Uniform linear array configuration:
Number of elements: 64
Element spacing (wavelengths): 0.75
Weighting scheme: hann
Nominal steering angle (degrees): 45
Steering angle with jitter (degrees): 46.937
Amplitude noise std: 0.05
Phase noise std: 0.05

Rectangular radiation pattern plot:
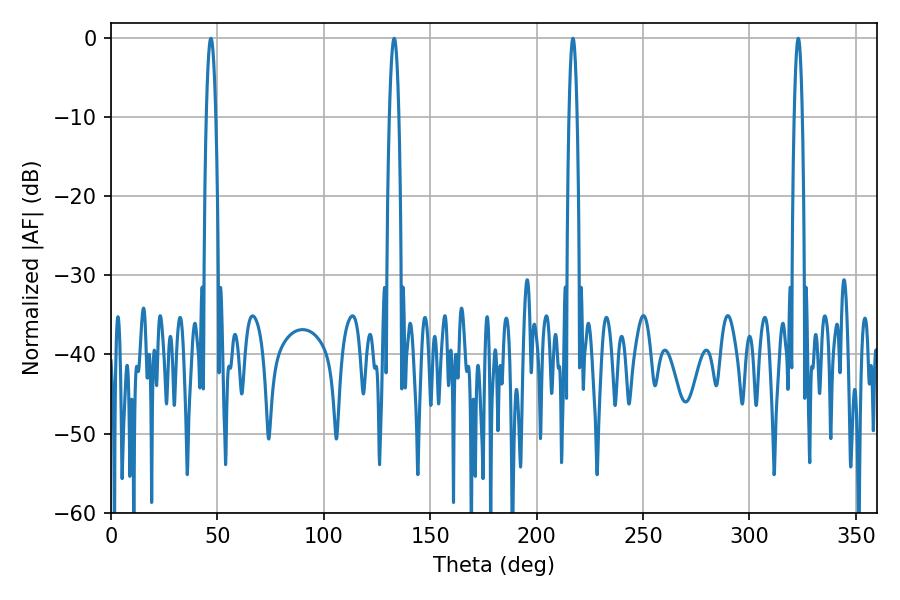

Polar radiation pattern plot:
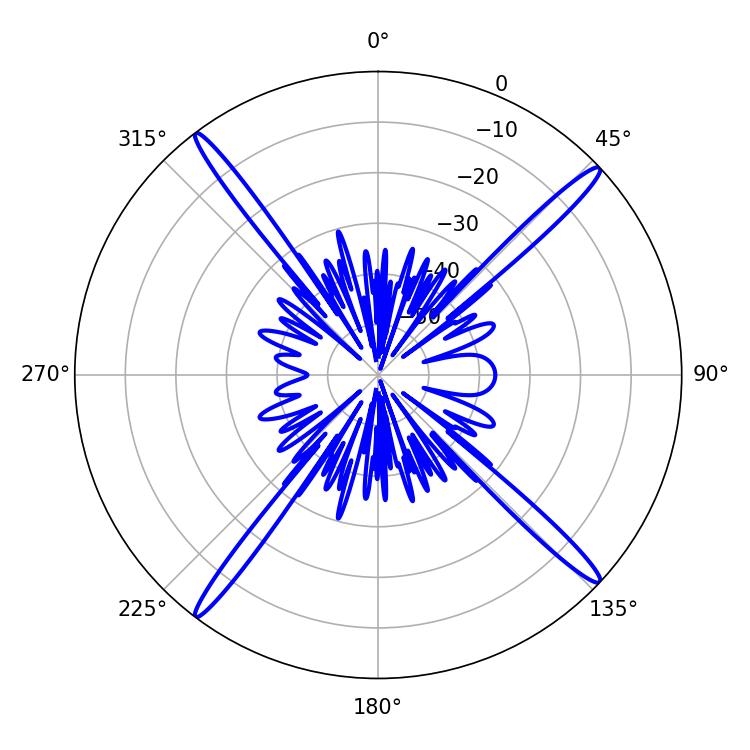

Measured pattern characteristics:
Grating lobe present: TRUE
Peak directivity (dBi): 19.947
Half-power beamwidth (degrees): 2.16
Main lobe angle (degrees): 217.08